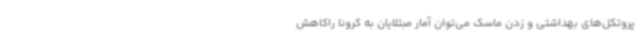
پروتکل‌های بهداشتی و زدن ماسک می‌توان آمار مبتلایان به کرونا راکاهش